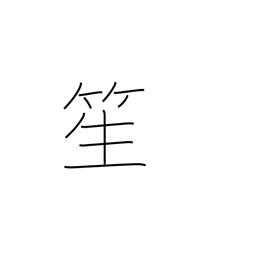
Meaning: a reed instrument